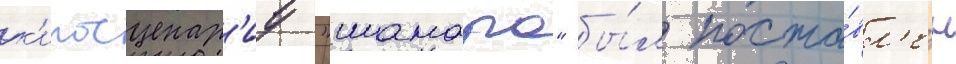
к'иносценар'иу "шамара" бы́л поста́вл'ен